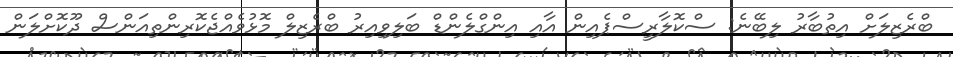
ބްރެޒިލަށް އިތުބާރު ލިބޭނެ: ސްކޮލާރީސްޕެއިން އާއި އިންގްލެންޑް ބަލިވިއިރު ބްރެޒިލް މޮޅުވެއްޖެކޮރިންތިއަންސް ދޫކޮށްލަން